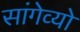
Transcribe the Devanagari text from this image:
सांगेव्यो